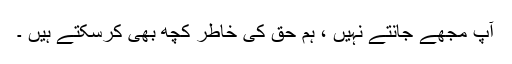
آپ مجھے جانتے نہیں ، ہم حق کی خاطر کچھ بھی کرسکتے ہیں ۔